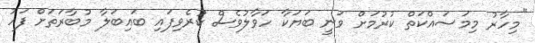
"މިހާރު މިމަސައްކަތް ކުރުމަށް ވަނީ ބަޔަކާ ހަވާލުވެސް ކުރެވިފައި ބައިބަލާ މުބާރަތަށް ފަހު